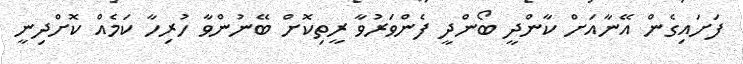
ފަށައިގެން އޭނާއަށް ކާންދީ ބޯންދީ ފެންވަރުވާ ރީތިކޮށް ބޭނުންވާ ހުރިހާ ކަމެއް ކޮށްދިނީ